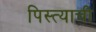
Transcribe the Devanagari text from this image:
पिस्त्याची